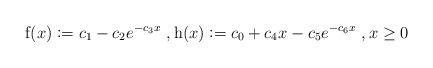
LaTeX: \begin{align*}\mathrm{f}(x)\vcentcolon = c_1- c_2e^{-c_3x}\ , \mathrm{h}(x)\vcentcolon = c_0+ c_4x- c_5e^{-c_6x}\ , x\geq 0 \end{align*}